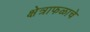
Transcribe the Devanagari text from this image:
क्षेत्राफळाचे